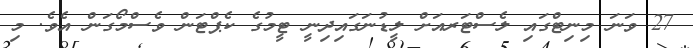
27 ވަނަ މިނިޓްގައި ލެސްޓަރއަށް ލީޑުނަގައިދިނީ ޓީމުގެ ކެޕްޓަން ވެސްމޯގަން އެވެ. މި